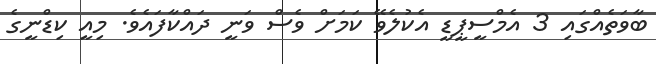
ބާވަތެއްގައި 3 އެމްސީޕީޑީ އެކުލެވޭ ކަމަށް ވެސް ވަނީ ދައްކާފައެވެ. މިއީ ކިޑްނީގެ